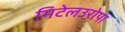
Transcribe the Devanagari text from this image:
मिटेलउरोपा